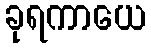
ခုရကာယေ